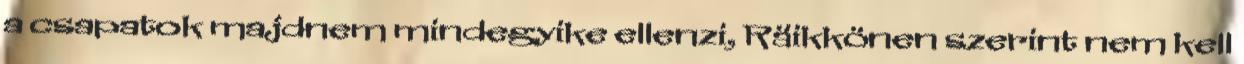
a csapatok majdnem mindegyike ellenzi, Räikkönen szerint nem kell